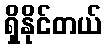
ရှိနိုင်တယ်